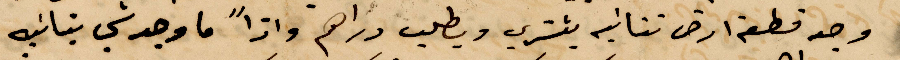
وجد قطعة ارض ثانية يشتري ويطلب دراهم واذًا ما وجد شي بنانيه